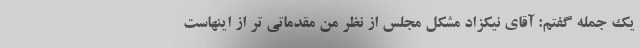
یک جمله گفتم: آقای نیکزاد مشکل مجلس از نظر من مقدماتی تر از اینهاست